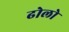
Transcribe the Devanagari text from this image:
ढोलो